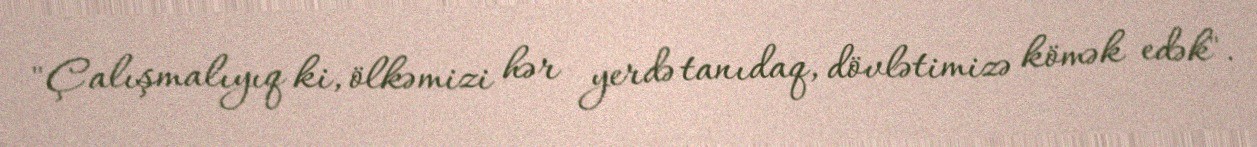
"Çalışmalıyıq ki, ölkəmizi hər yerdə tanıdaq, dövlətimizə kömək edək".